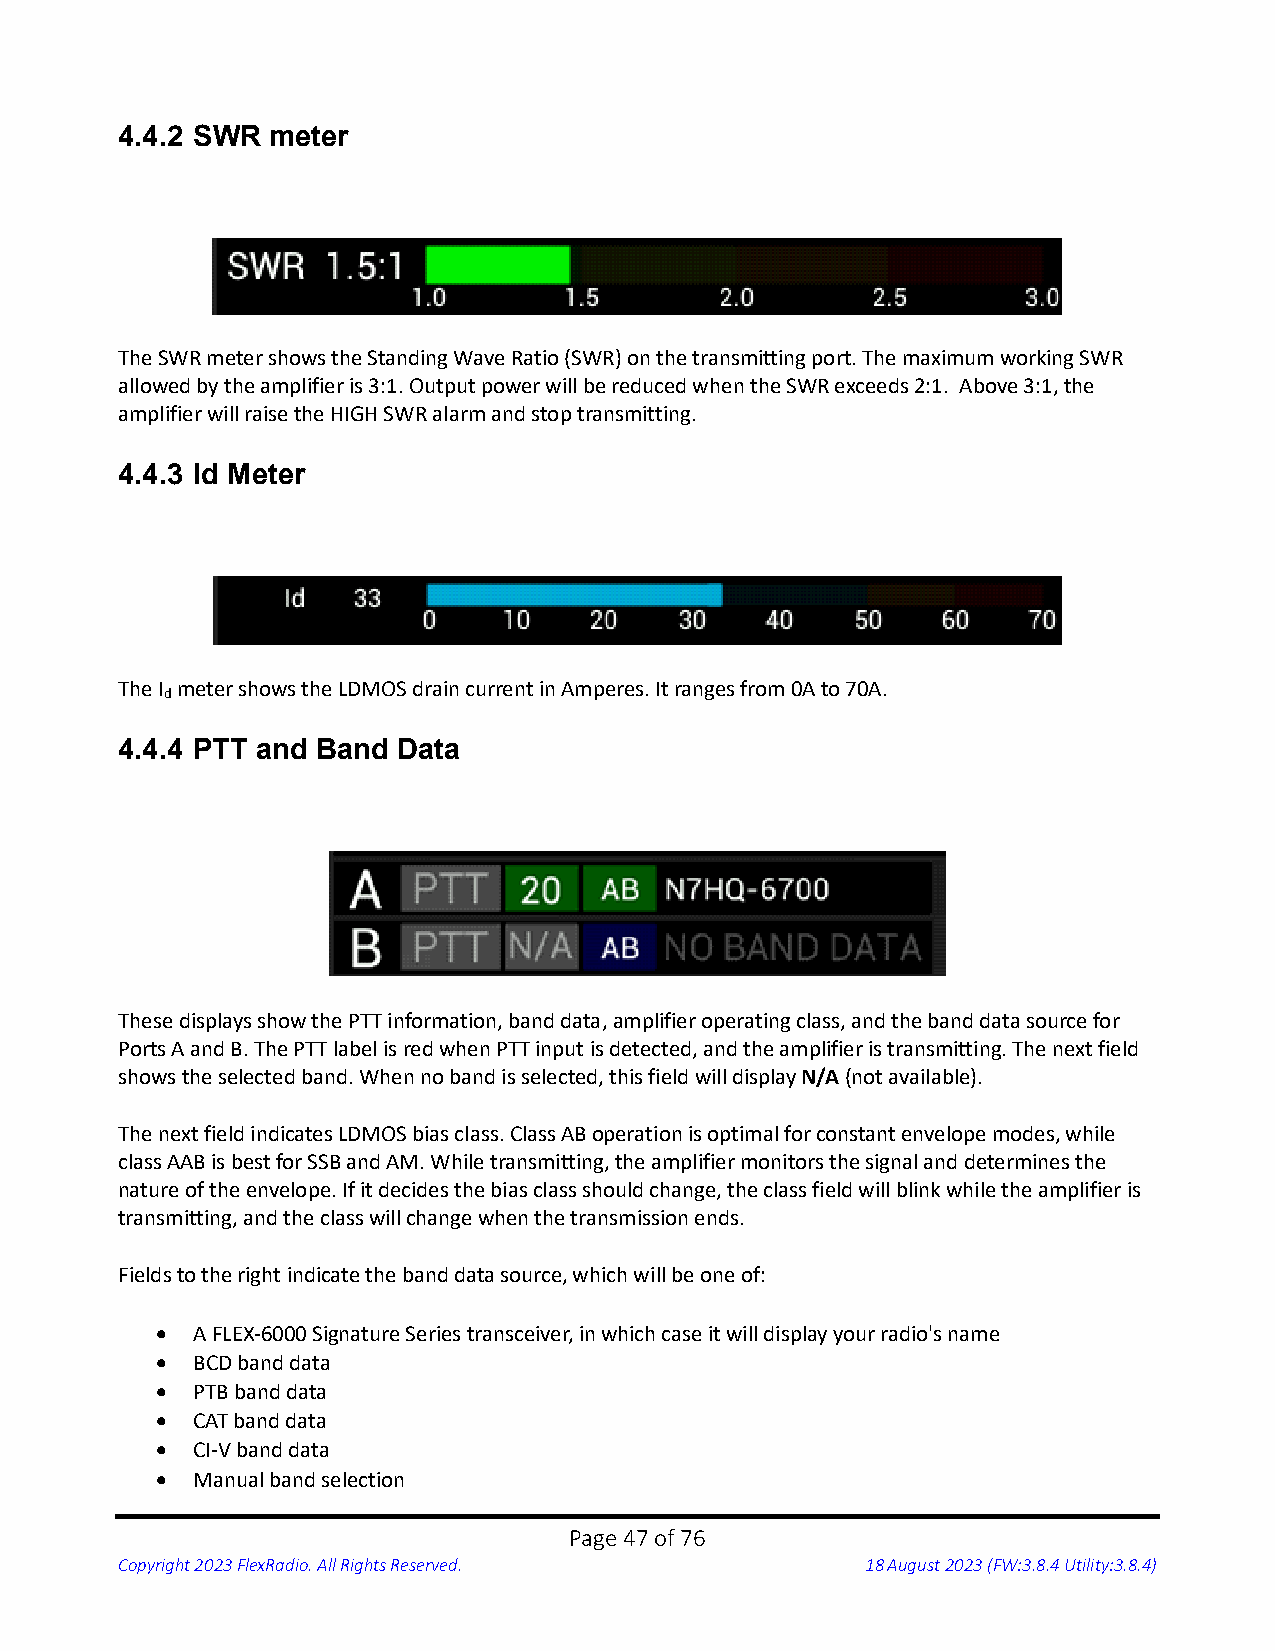
4.4.2 SWR meter
 The SWR meter shows the Standing Wave Ratio (SWR) on the transmitting port. The maximum working SWR
 allowed by the amplifier is 3:1. Output power will be reduced when the SWR exceeds 2:1. Above 3:1, the
 amplifier will raise the HIGH SWR alarm and stop transmitting.
 4.4.3 Id Meter
 The I meter shows the LDMOS drain current in Amperes. It ranges from 0A to 70A.
 d
 4.4.4 PTT and Band Data
 These displays show the PTT information, band data, amplifier operating class, and the band data source for
 Ports A and B. The PTT label is red when PTT input is detected, and the amplifier is transmitting. The next field
 shows the selected band. When no band is selected, this field will display N/A (not available).
 The next field indicates LDMOS bias class. Class AB operation is optimal for constant envelope modes, while
 class AAB is best for SSB and AM. While transmitting, the amplifier monitors the signal and determines the
 nature of the envelope. If it decides the bias class should change, the class field will blink while the amplifier is
 transmitting, and the class will change when the transmission ends.
 Fields to the right indicate the band data source, which will be one of:
 •  A FLEX-6000 Signature Series transceiver, in which case it will display your radio's name
 •  BCD band data
 •  PTB band data
 •  CAT band data
 •  CI-V band data
 •  Manual band selection
 Page 47 of 76
 Copyright 2023 FlexRadio. All Rights Reserved.   18 August 2023 (FW:3.8.4 Utility:3.8.4)